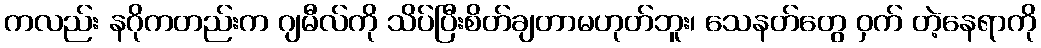
ကလည်း နဂိုကတည်းက ဂျမီလ်ကို သိပ်ပြီးစိတ်ချတာမဟုတ်ဘူး၊ သေနတ်တွေ ဝှက် တဲ့နေရာကို